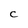
Character: C